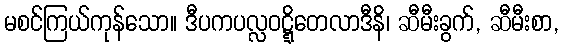
မစင်ကြယ်ကုန်သော။ ဒီပကပလ္လဝဋ္ဋိတေလာဒီနိ၊ ဆီမီးခွက်, ဆီမီးစာ,